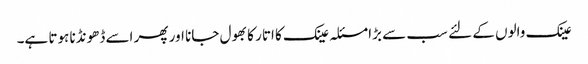
عینک والوں کے لئے سب سے بڑا مسئلہ عینک کا اتار کا بھول جانا اور پھر اسے ڈھونڈنا ہوتا ہے۔